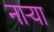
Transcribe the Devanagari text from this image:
नार्‍या